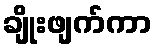
ချိုးဖျက်ကာ